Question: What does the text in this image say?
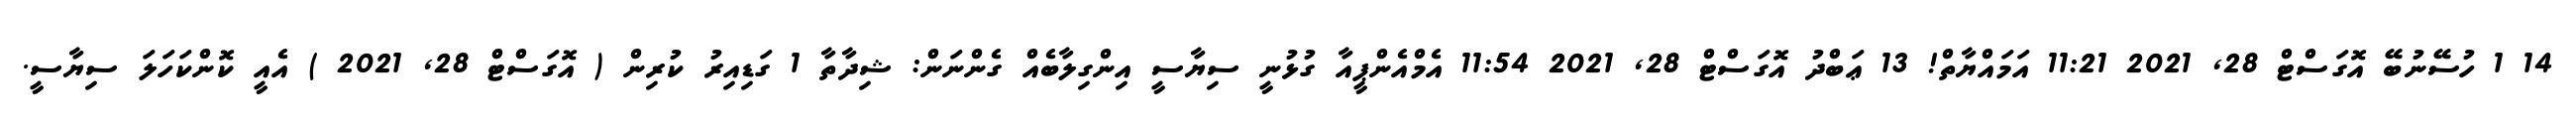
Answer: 14 1 ހުސޭނުބޭ އޮގަސްޓް 28, 2021 11:21 އަމައްޔާތް! 13 ޢަބްދު އޮގަސްޓް 28, 2021 11:54 އެމްއެންޕީއާ ގުޅުނީ ސިޔާސީ އިންގިލާބެއް ގެންނަން: ޝިދާތާ 1 ގަޑިއިރު ކުރިން ( އޮގަސްޓް 28, 2021 ) އެއީ ކޮންކަހަލަ ސިޔާސީ.